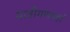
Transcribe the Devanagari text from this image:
यात्रीगणयहां